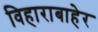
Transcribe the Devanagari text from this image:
विहाराबाहेर